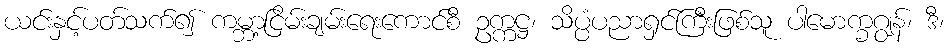
ယင်းနှင့်ပတ်သက်၍ ကမ္ဘာ့ငြိမ်းချမ်းရေးကောင်စီ ဥက္ကဋ္ဌ၊ သိပ္ပံပညာရှင်ကြီးဖြစ်သူ ပါမောက္ခဂျွန်၊ ဒီ၊